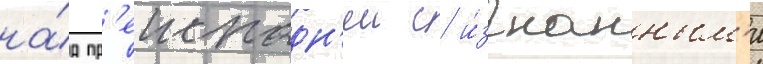
на́д пр'еисподн'еи с и́згнанным'и